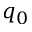
q _ { 0 }